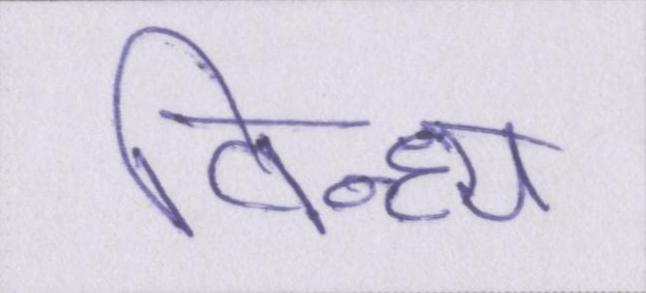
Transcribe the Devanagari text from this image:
विन्ध्य